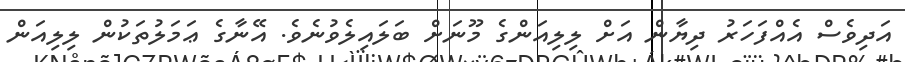
އަދިވެސް އެއްފަހަރު ދިޔާން އަށް ލިލިއަންގެ މޫނަށް ބަލައިލެވުނެވެ. އޭނާގެ ޢަމަލުތަކުން ލިލިއަން